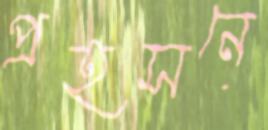
প্রহসনে